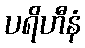
ပရိဟီနံ